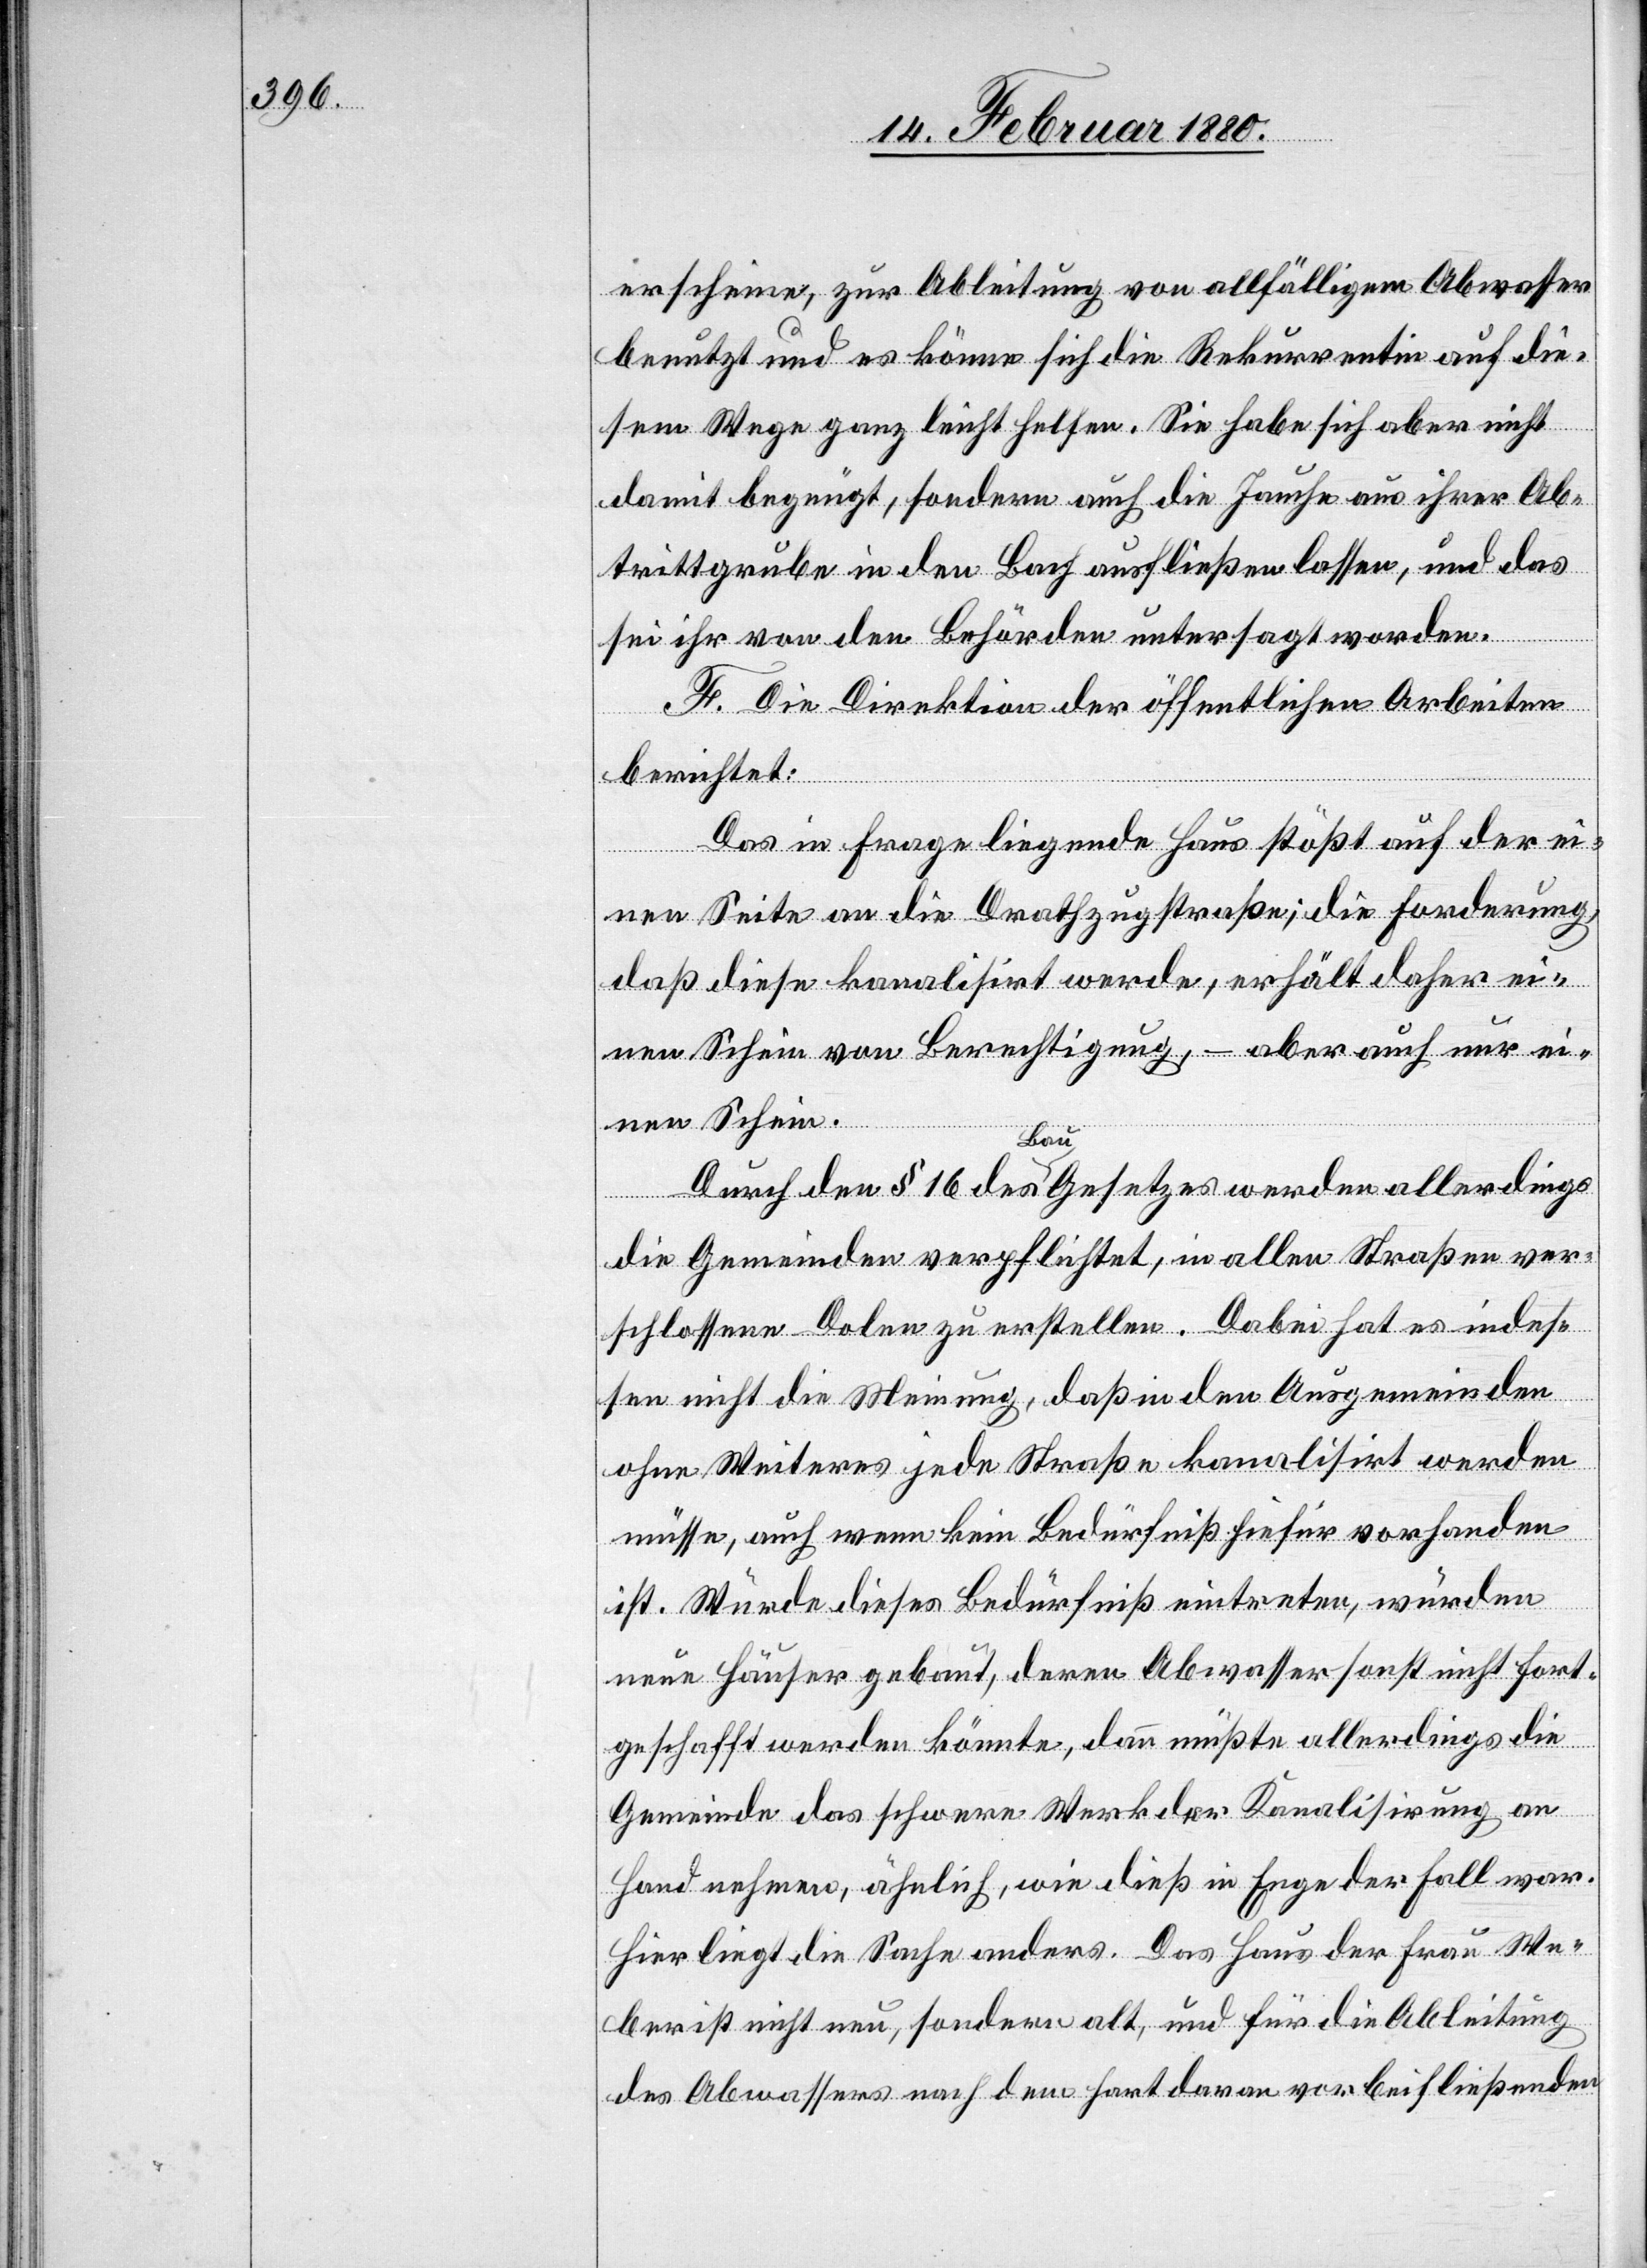
erscheine, zur Ableitung von allfälligem Abwasser
benutzt und es könne sich die Rekurrentin auf die¬
sem Wege ganz leicht helfen. Sie habe sich aber nicht
damit begnügt, sondern auch die Jauche aus ihrer Ab¬
trittgrube in den Bach ausfließen lassen, und das
sei ihr von den Behörden untersagt worden.
F. Die Direktion der öffentlichen Arbeiten
berichtet:
Das in Frage liegende Haus stößt auf der ei¬
nen Seite an die Drathzugstraße; die Forderung,
daß diese kanalisirt werde, erhält daher ei¬
nen Schein von Berechtigung, – aber auch nur ei¬
nen Schein.
Durch den § 16 des Bau-Gesetzes werden allerdings
die Gemeinden verpflichtet, in allen Straßen ver¬
schlossene Dolen zu erstellen. Dabei hat es indes¬
sen nicht die Meinung, daß in den Ausgemeinden
ohne Weiteres jede Straße kanalisirt werden
müsse, auch wenn kein Bedürfniß hiefür vorhanden
ist. Würde dieses Bedürfniß eintreten, würden
neue Häuser gebaut, deren Abwasser sonst nicht fort¬
geschafft werden könnte, dann müßte allerdings die
Gemeinde das schwere Werk der Kanalisirung an
Hand nehmen, ähnlich, wie dieß in Enge der Fall war.
Hier liegt die Sache anders. Das Haus der Frau We¬
ber ist nicht neu, sondern alt, und für die Ableitung
des Abwassers nach dem hart daran vorbeifließenden